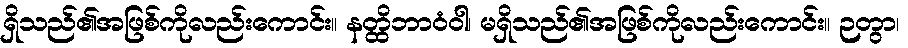
ရှိသည်၏အဖြစ်ကိုလည်းကောင်း။ နတ္ထိဘာဝံဝါ၊ မရှိသည်၏အဖြစ်ကိုလည်းကောင်း။ ဉတွာ၊